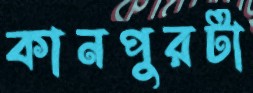
কানপুরটা